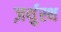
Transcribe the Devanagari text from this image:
ज़र्थुस्थ